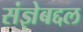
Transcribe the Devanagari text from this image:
संज्ञेबद्दल